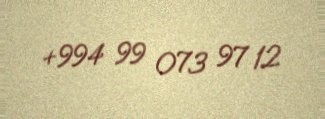
+994 99 073 97 12